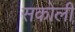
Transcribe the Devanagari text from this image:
सकोली